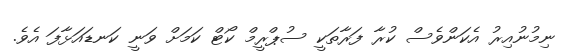
ނިމުނުއިރު އެކަންވެސް ކުރާ ފަރާތަކީ ސުޕްރީމް ކޯޓް ކަމަށް ވަނީ ކަނޑައަޅާފަ އެވެ.